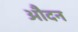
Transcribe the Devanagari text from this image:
औदन